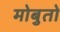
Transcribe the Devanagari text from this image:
मोबुतो